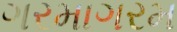
ગરમાગરમ